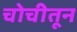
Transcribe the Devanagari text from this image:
चोचीतून